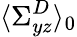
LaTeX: \langle\Sigma_{yz}^{D}\rangle_{0}